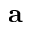
{ \mathbf a }